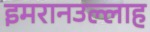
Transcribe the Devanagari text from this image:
इमरानउल्लाह